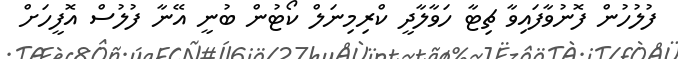
ފުލުހުން ފޮނުވާފައިވާ ޗިޓާ ހަވާލާދީ ކްރިމިނަލް ކޯޓުން ބުނީ އޭނާ ފުލުސް އޮފީހަށް